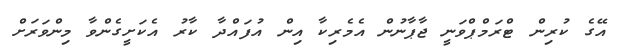
އޭގެ ކުރިން ޓްރަމްޕްވަނީ ޖާޕާނުން އެމެރިކާ އިން އުފައްދާ ކާރު އެކަށީގެންވާ މިންވަރަށް